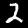
Digit: 2